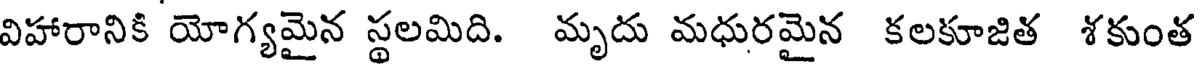
విహారానికి యోగ్యమైన స్థలమిది. మృదు మధురమైన కలకూజిత శకుంత